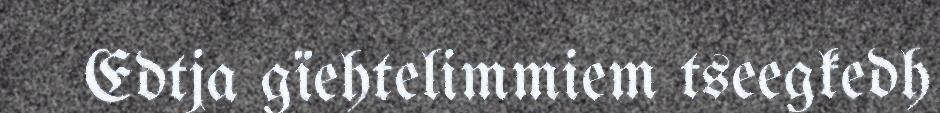
Edtja gïehtelimmiem tseegkedh